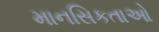
માનસિકતાઓ